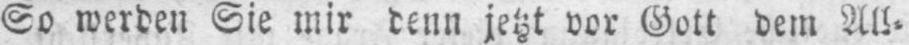
So werden Sie mir denn jetzt vor Gott dem All⸗